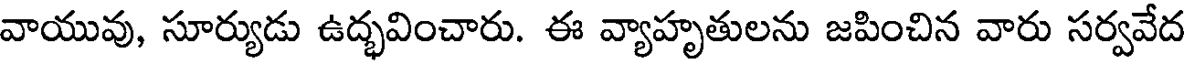
వాయువు, సూర్యుడు ఉద్భవించారు. ఈ వ్యాహృతులను జపించిన వారు సర్వవేద